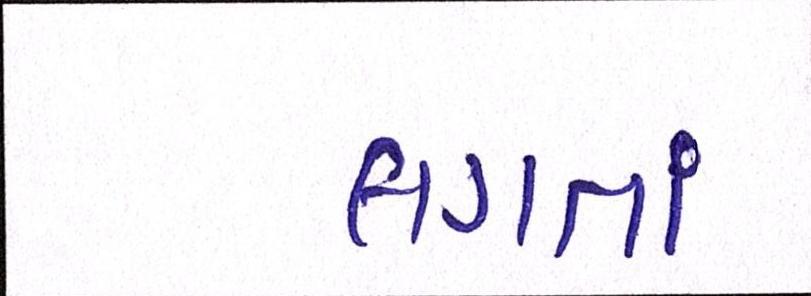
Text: લગતાં